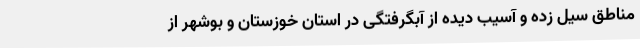
مناطق سیل زده و آسیب دیده از آبگرفتگی در استان خوزستان و بوشهر از